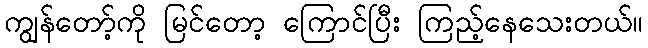
ကျွန်တော့်ကို မြင်တော့ ကြောင်ပြီး ကြည့်နေသေးတယ်။